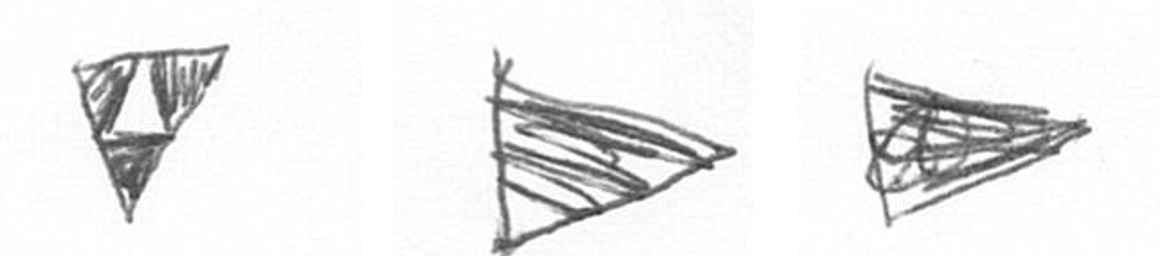
S T T